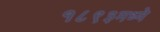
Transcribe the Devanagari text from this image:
१८९३मध्ये